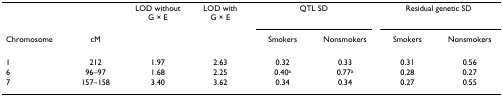
<table><thead><tr><td></td><td></td><td><b>LOD withoutG × E</b></td><td><b>LOD withG × E</b></td><td colspan="2"><b>QTL SD</b></td><td colspan="2"><b>Residual genetic SD</b></td></tr><tr><td><b>Chromosome</b></td><td><b>cM</b></td><td></td><td></td><td><b>Smokers</b></td><td><b>Nonsmokers</b></td><td><b>Smokers</b></td><td><b>Nonsmokers</b></td></tr></thead><tbody><tr><td>1</td><td>212</td><td>1.97</td><td>2.63</td><td>0.32</td><td>0.33</td><td>0.31</td><td>0.56</td></tr><tr><td>6</td><td>96–97</td><td>1.68</td><td>2.25</td><td>0.40<sup>a</sup></td><td>0.77<sup>a</sup></td><td>0.28</td><td>0.27</td></tr><tr><td>7</td><td>157–158</td><td>3.40</td><td>3.62</td><td>0.34</td><td>0.34</td><td>0.27</td><td>0.55</td></tr></tbody></table>